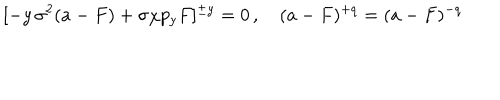
LaTeX: [ - y \, \sigma ^ { 2 } ( a - F ) + \sigma \chi p _ { y } F ] ^ { \pm y } = 0 \, , \quad ( a - F ) ^ { + q } = ( a - F ) ^ { - q }